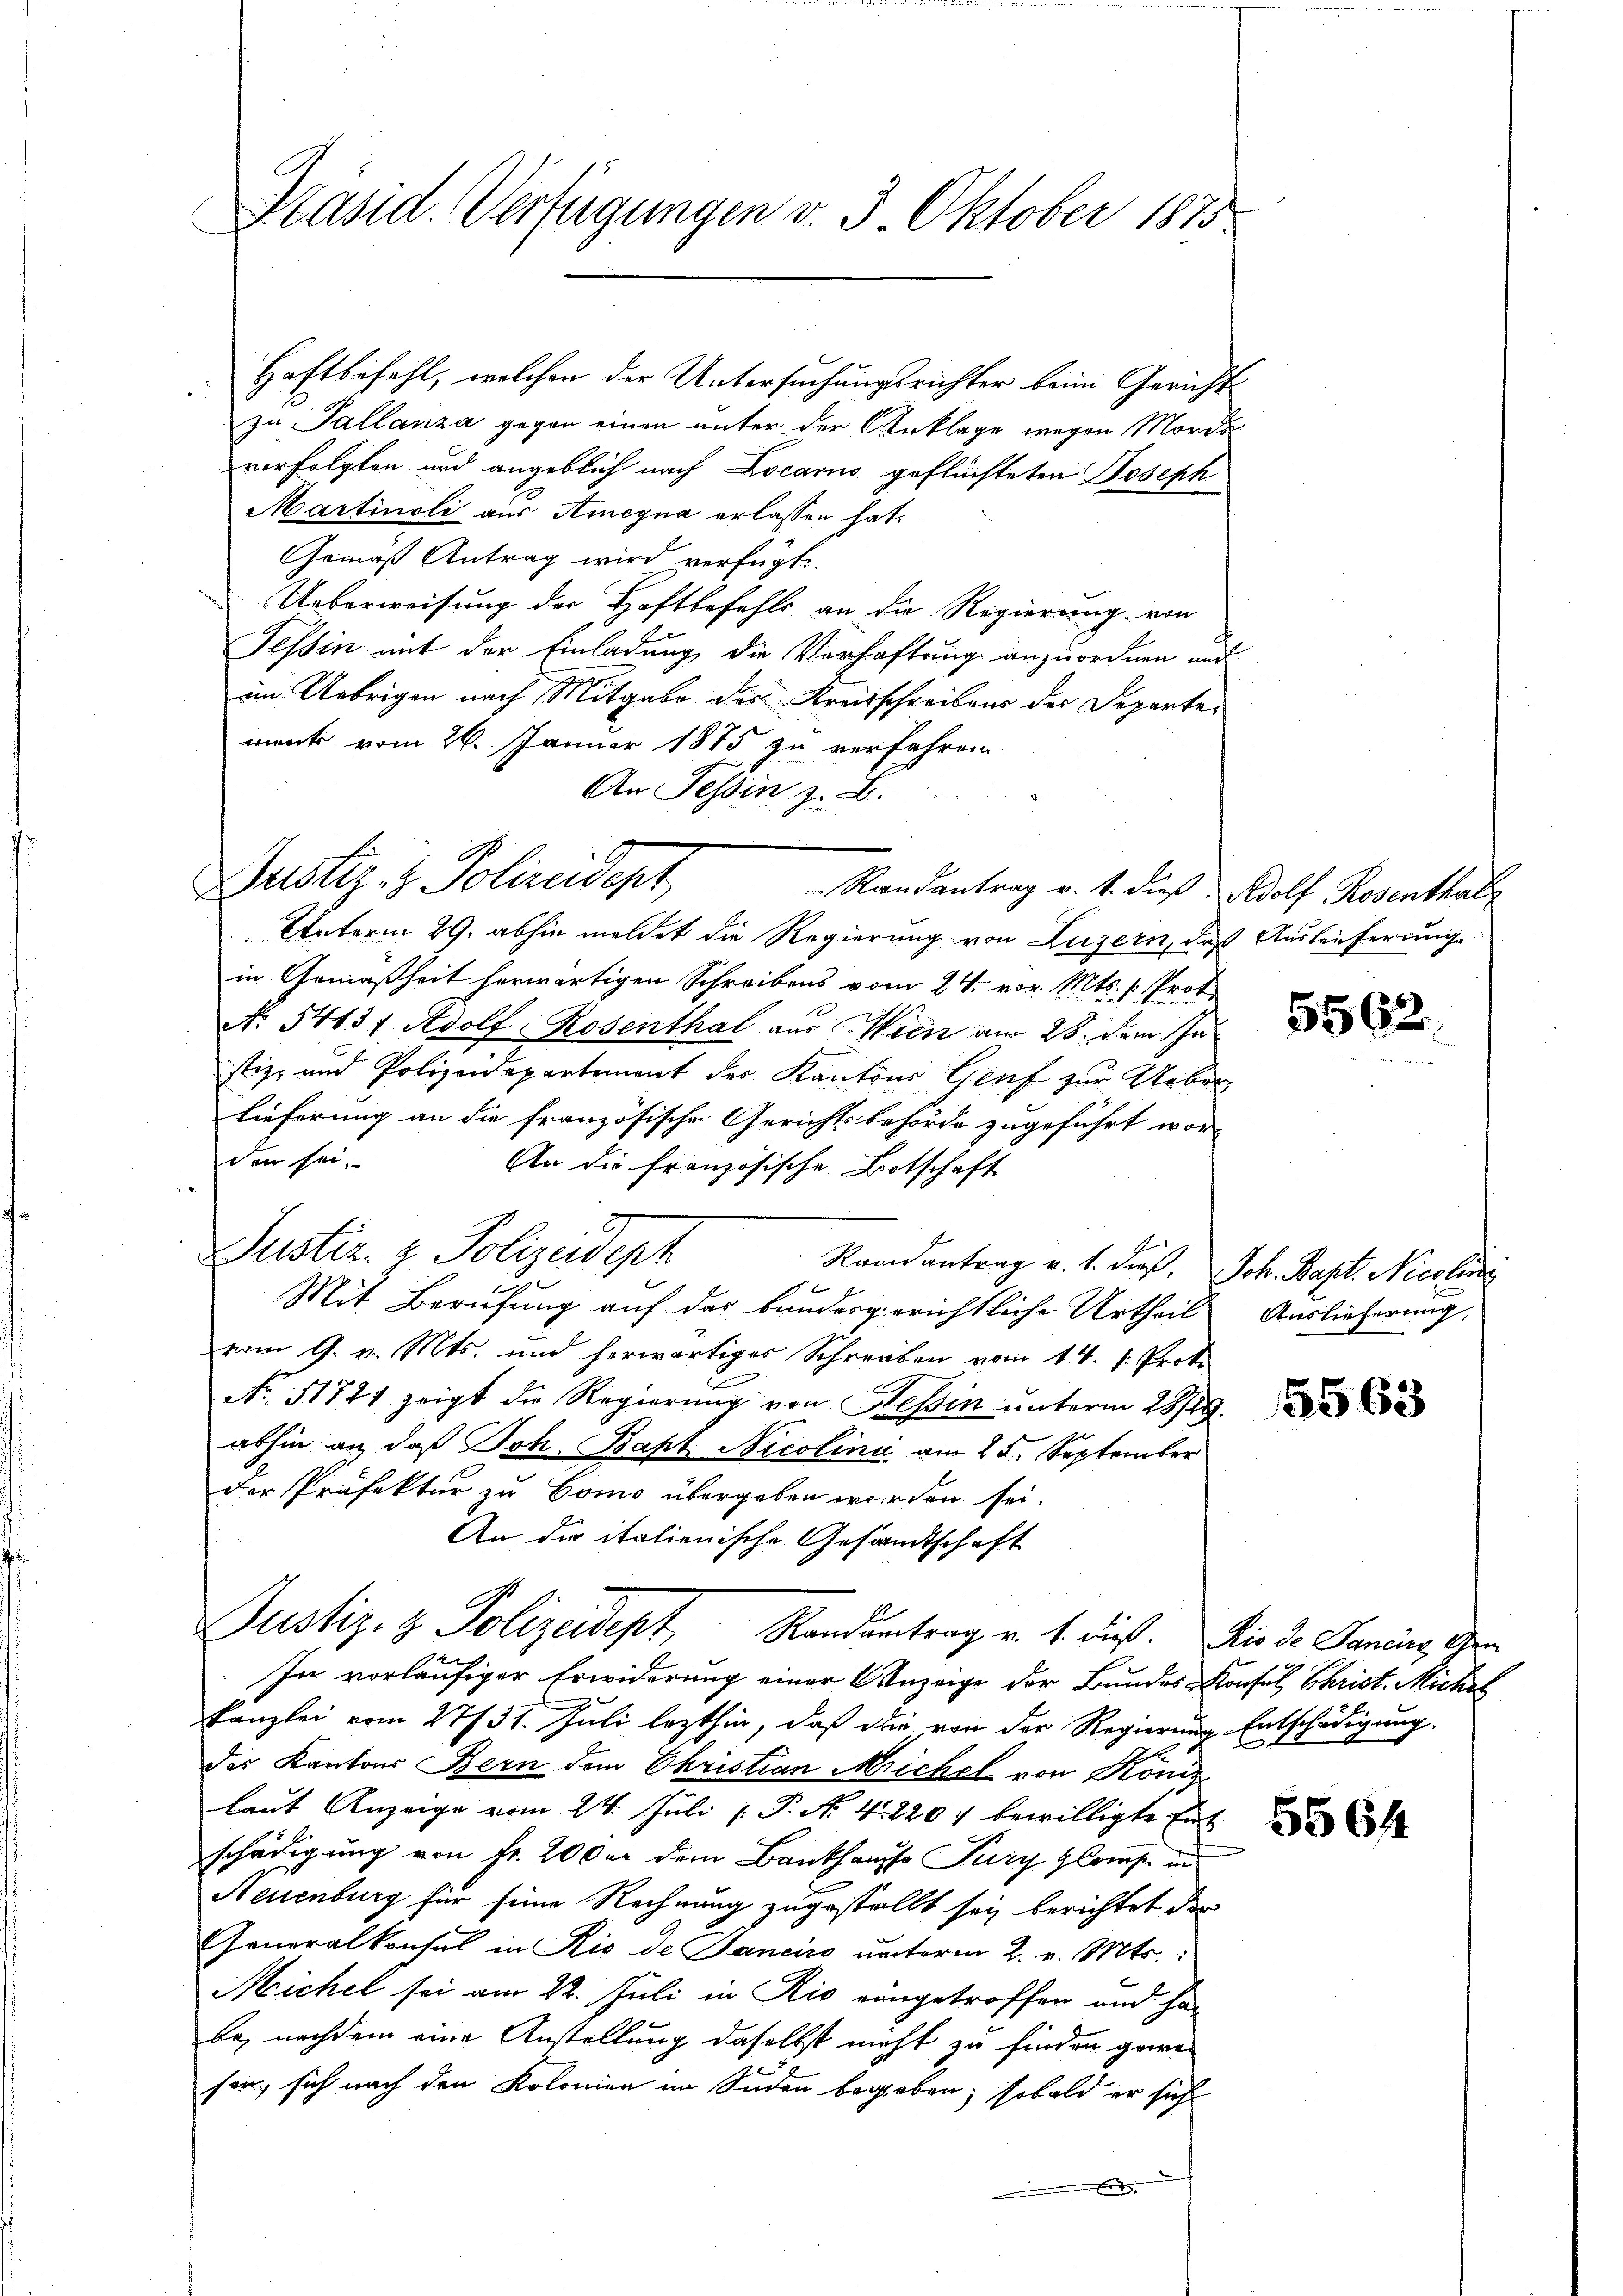
Haftbefehl, welchen der Untersuchungsrichter beim Gericht
zu Tallanza gegen einen unter der Anklage wegen Morde
verfolgten und angeblich nach Locarno geflüchteten Joseph
Martinoli aus Amegna erlassen hat.
Gemäß Antrag wird verfügt:
Ueberweisung der Haftbefehls an die Regierung von
Tessin mit der Einladung die Verhaftung anzuordnen und
im Uebrigen nach Mitgabe des Kreisschreibens des Departement vom 26. Januar 1875 zu verfahren.
An Tessin z. B.
Justiz- & Polizeidept
Randantrag v. 4. dieß. Adolf Rosenthal
Unterm 29. abhin meldet die Regierung von Luzern, daß Auslieferung
in Gemäßheit herwärtigen Schreibens vom 24. vor. Mts. 1. Prot
No 54137 Adolf Rosenthal aus Wien am 28. dem Instiz- und Polizeidepartement der Kantons Genf zur Ueberlieferung an die französische Gerichtsbehörde zugeführt wor-
den sei.
An die französische Botschaft
Justiz- & Polizeidept
Randantrag v. 1. d. Joh. Bapt. Nicolini
Mit Berufung auf das bundergerichtliche Urtheil Auslieferung,
vom 9. v. Mts. und herwärtiges Schreiben vom 14t. 1. Proto
No. 51721 zeigt die Regierung von Tessin unterm 28/29.
abhin an, daß Joh. Bapt Nicolina am 25. September
der Präfektur zu Como übergeben werden sei.
An die italienische Gesandtschaft
Justiz- & Polizeidept, Randantrag v. 1. dieß. Die de Panius, Gen
In vorläufiger Erwiderung einer Anzeige der Bundes-Konsul Christ. Michel
kanzlei vom 27731. Juli lezthin, daß die von der Regierung Entschädigung.
des Kantons Bern dem Christian Michel von König
laut Anzeige vom 24. Juli [ P. Nr. 4. 2207 bewilligte Ent
schädigung von fr. 20 der dem Bankhaus Jury gleiche in
Neuenburg für seine Rechnung zugestellt sey berichtet der
Generalkonsul in Rio de Janein unterm 2. v. Mts.:
Michel sei am 22. Juli in Rio eingetroffen und ha
be, nachdem eine Anstellung daselbst nicht zu finden gere
sen, sich nach den Kolonien im Süden begeben; sobald er sich

Präsid. Verfügungen v. 3. Oktober 1870

5562.

5563